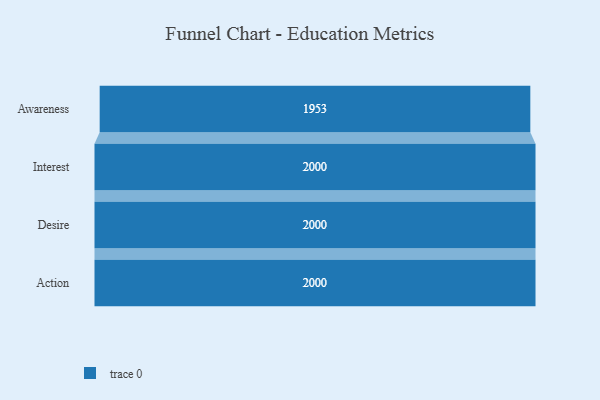
{"axis": {"x": "Stage", "y": "Value"}, "legend": [""], "data": [{"x": "Awareness", "y": 1953.0, "type": ""}, {"x": "Interest", "y": 2000, "type": ""}, {"x": "Desire", "y": 2000, "type": ""}, {"x": "Action", "y": 2000, "type": ""}]}